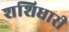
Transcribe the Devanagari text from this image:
शशिधारी